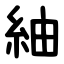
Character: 紬